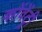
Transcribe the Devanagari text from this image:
कोंवेंट्री